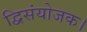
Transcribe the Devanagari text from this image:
द्विसंयोजक।